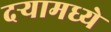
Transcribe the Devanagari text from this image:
दऱ्यामध्ये